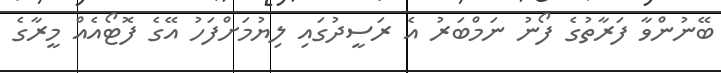
ބޭނުންވާ ފަރާތުގެ ފޯނު ނަމްބަރު އެ ރަސީދުގައި ލިޔުމަށްފަހު އޭގެ ފޮޓޯއެއް މީރާގެ